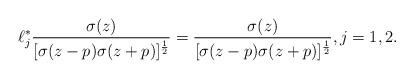
LaTeX: \begin{align*}\ell_{j}^{\ast}\frac{\sigma(z)}{[\sigma(z-p)\sigma(z+p)]^{\frac{1}{2}}}=\frac{\sigma(z)}{[\sigma(z-p)\sigma(z+p)]^{\frac{1}{2}}},j=1,2.\end{align*}